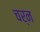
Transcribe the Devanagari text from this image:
चर्न